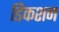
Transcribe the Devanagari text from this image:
डिकशन